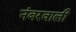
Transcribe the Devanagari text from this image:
नंबरवाली